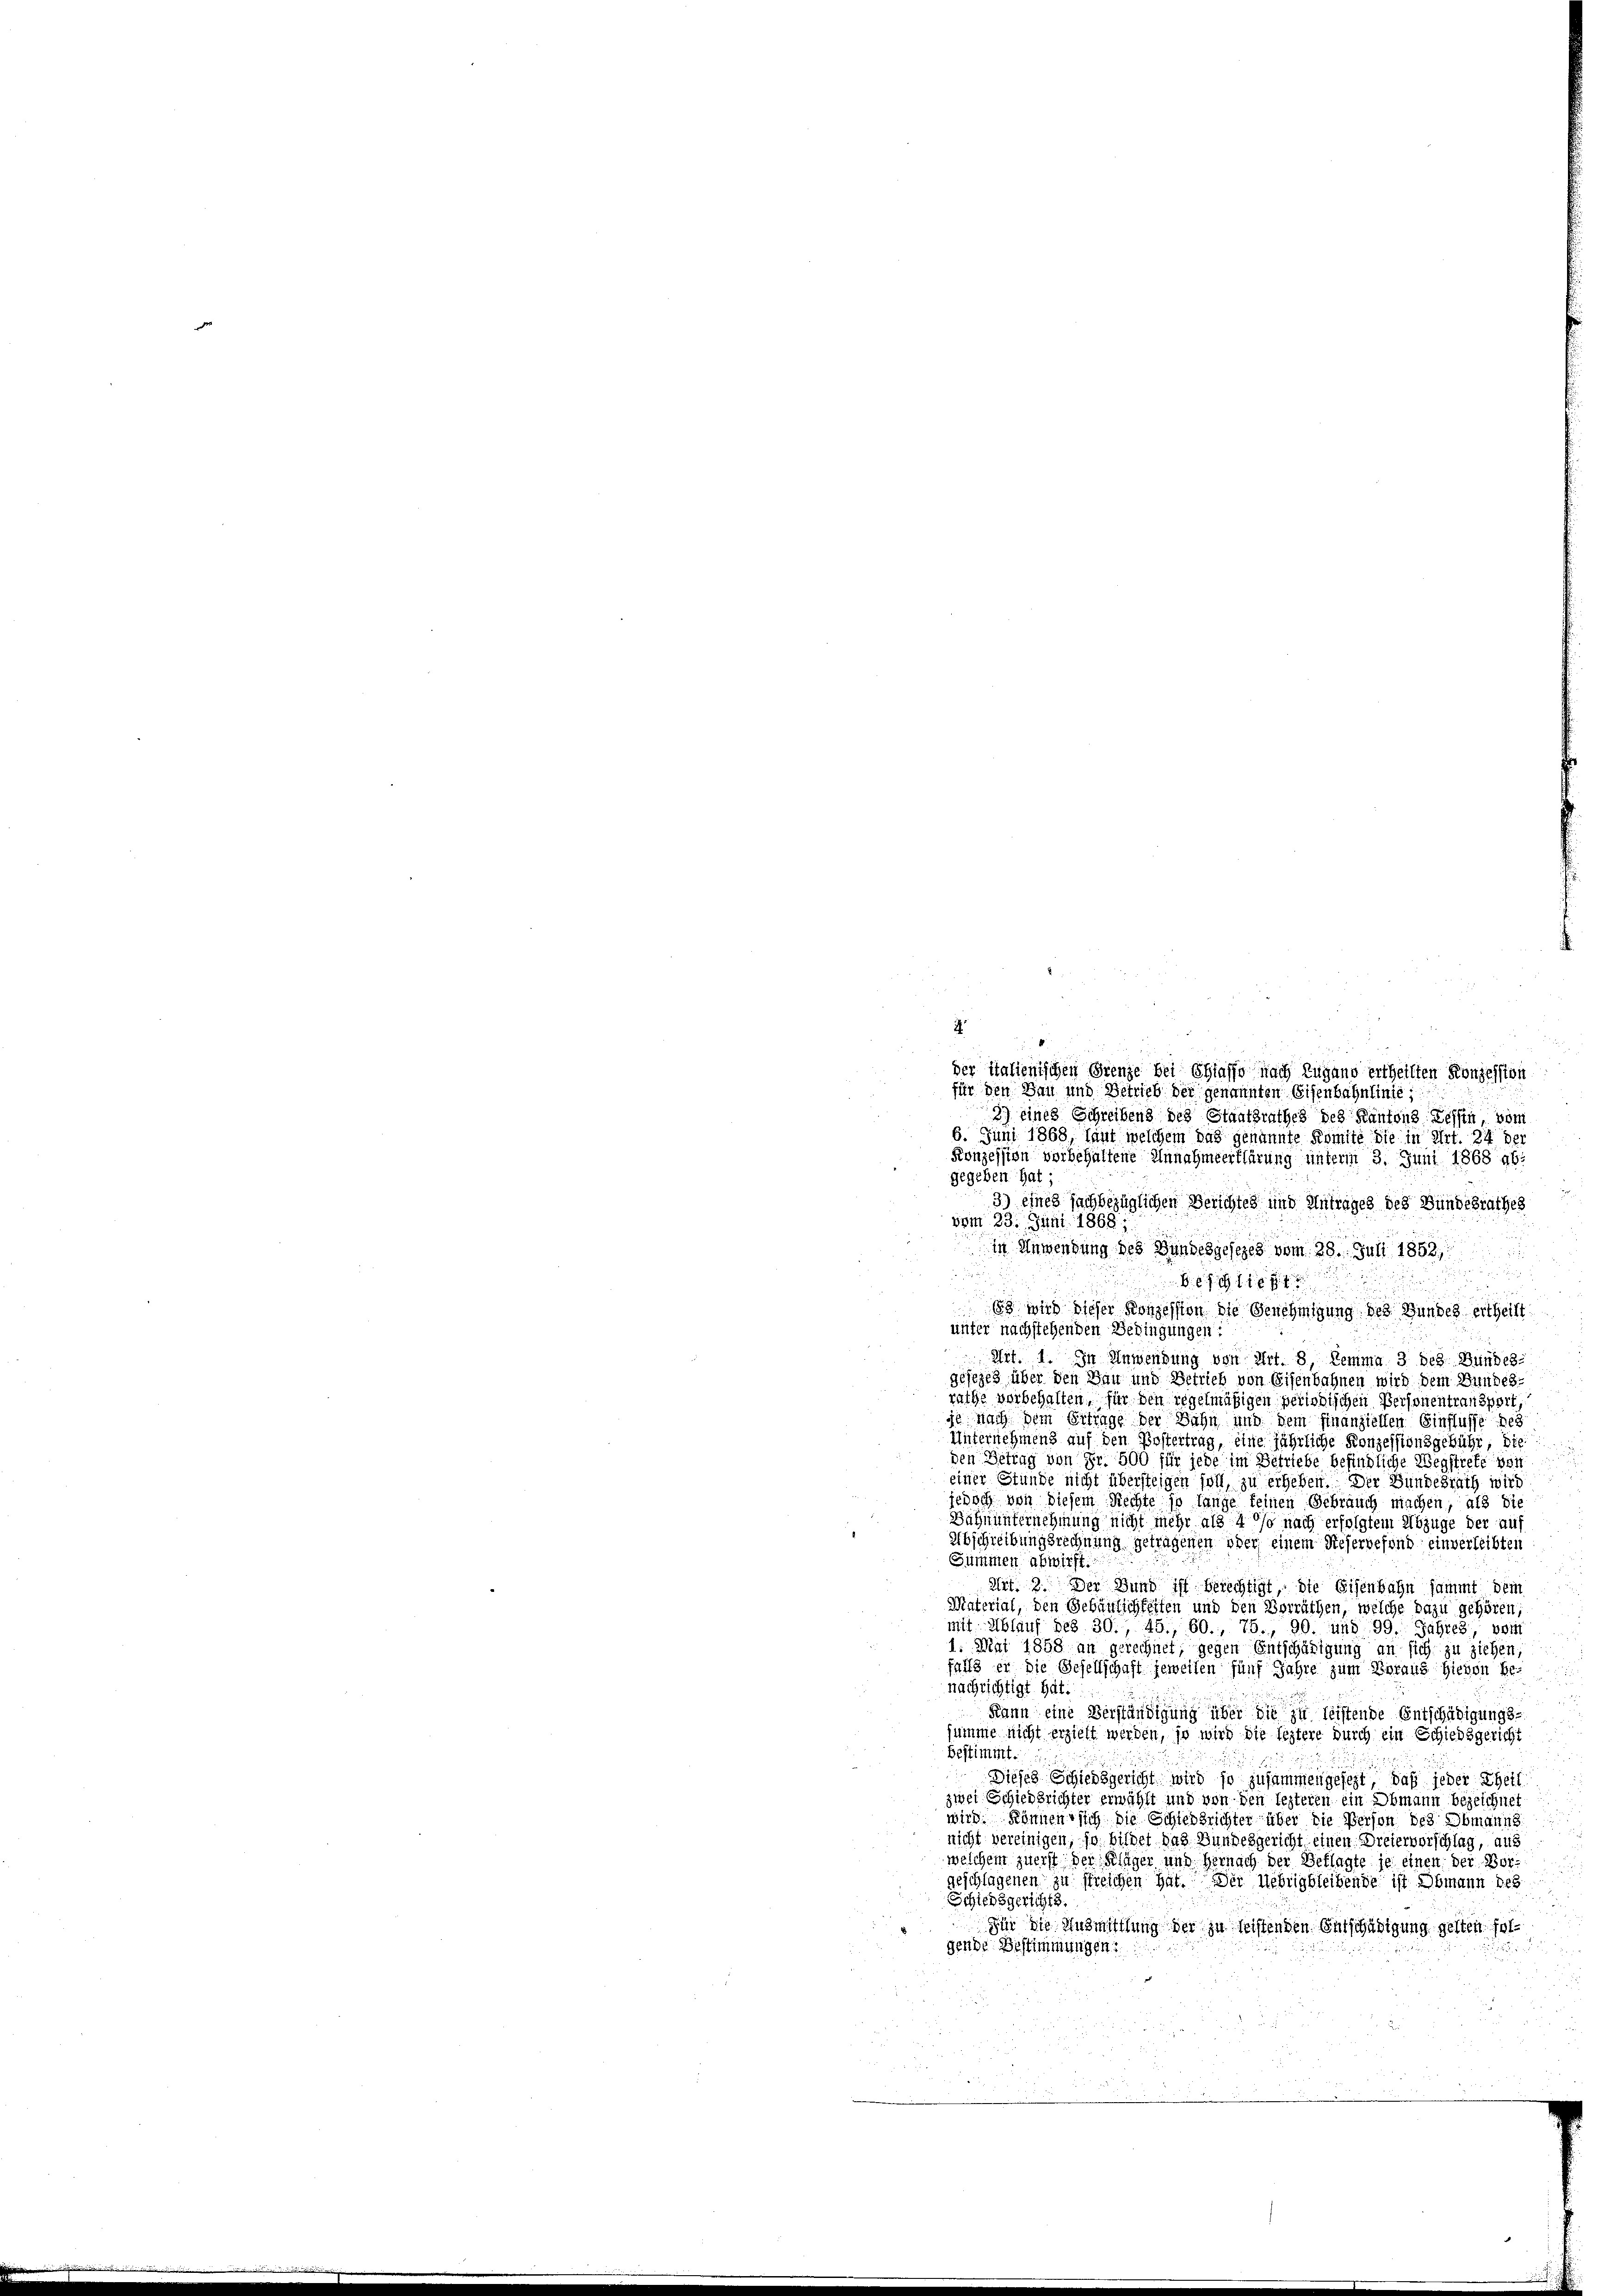
4
4
der italienischen Grenze bei Chiasso nach Zugano ertheilten Konzession
für den Bau und Betrieb der genannten Eisenbahnlinie,
2) eines Schreibens des Staatsrathes des Kantons Tessin, vom
6. Juni 1868 laut welchem das genannte Komite die in Art. 24 der
Konzession vorbehaltene Annahmeerklärung unterm 3. Juni 1868 46:
gegeben hat;
u
3) eines sachbezüglichen Berichtes und Antrages des Bundesrathes
vom 23. Juni 1868;
in Anwendung des Bundesgesezes vom 28. Juli 1858

83 wird dieser Konzession die Genehmigung des Bundes ertheilt.
unter nachstehenden Bedingungen:
Art. 1. In Anwendung von Art. 8, Lemma 3 des Bundes
gesezes über den Bau und Betrieb von Eisenbahnen wird dem Bundes-
rathe vorbehalten, für den regelmäßigen periodischen Personentransport,
je nach dem Ertrage der Bahn und dem finanziellen Einflusse bez
Unternehmens auf den Postertrag, eine jährliche Konzessionsgebühr, die
den Betrag von Fr. 500 für jede im Betriebe befindliche Wegstreff vor
einer Stunde nicht übersteigen soll, zu erheben. Der Bundesrath wird
jedoch von diesem Rechte so lange keinen Gebrauch machen, als die
Bähnunternehmung nicht mehr als 40 so nach erfolgtem Abzüge der auf
Abschreibungsrechnung getragenen oder einem Weservefond einverleibten
Summen abwirft.
Art. 2. Der Bund ist berechtigt, die Eisenbahn sammt dem
Material, den Gebäulichkeiten und den Vorräthen, welche dazu gehören;
mit Ablauf des 30, 45, 60., 75., 90. und 99. Jahres, von
1. Mai 1858 an gerechnet, gegen Entschädigung an sich zu ziehen,
falls er die Besellschaft jeweilen fünf Jahre zum Voraus Hievon Be-
nachrichtigt hat.
Kann eine Verständigung über die zu leistende Entschädigungs-
summe nicht erzielt werden, so wird die leztere durch ein Schiedsgericht
bestimmt.
Dieses Schiedsgericht wird so zusammengesezt, daß jeder Theil
zwei Schiedsrichter erwählt und von den lezteren ein Obmann bezeichnet
wird. Können sich die Schiedsrichter über die Person des Obmanns
nicht vereinigen, so bildet das Bundesgericht einen Dreiervorschlag, aus
welchem zuerst der Kläger und Hernach der Beklagte je einen der Borgeschlagenen zu streichen hat. Der Uebrigbleibende ist Obmann beg
Schiedsgericht 3.
Für die Ausmittlung der zu leistenden Entschädigung gelten folgende Bestimmungen: